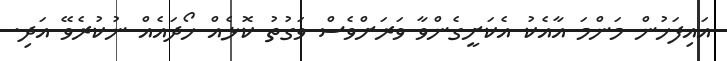
އައިފަހުން މަންމަ އާއެކު އެކަށީގެންވާ ވަރަށްވެސް ވަގުތު ކޮޅެއް ހޯދައެއް ނުކުރެވޭ އަދި.